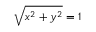
\sqrt { x ^ { 2 } + y ^ { 2 } } = 1